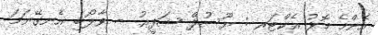
އެންމެ މޮޅު އެކްޓަރ : ޔޫސުފް ޝަފީޢު  - ވާލޯބި އެނގޭނަމަ